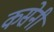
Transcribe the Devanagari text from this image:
कसेनी